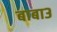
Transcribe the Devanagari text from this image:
बाबा३